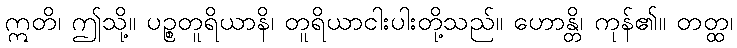
ဣတိ၊ ဤသို့။ ပဉ္စတူရိယာနိ၊ တူရိယာငါးပါးတို့သည်။ ဟောန္တိ၊ ကုန်၏။ တတ္ထ၊